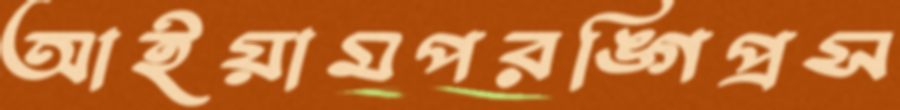
আইয়ামপরঙ্গিপ্রস